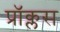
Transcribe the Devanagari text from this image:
प्रॉक्लस